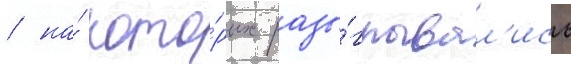
/ на́ кото́рых разы́грывал'ись